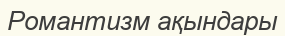
Романтизм ақындары